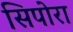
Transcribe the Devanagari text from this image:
सिपोरा